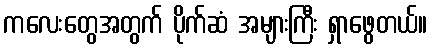
ကလေးတွေအတွက် ပိုက်ဆံ အများကြီး ရှာဖွေတယ်။